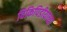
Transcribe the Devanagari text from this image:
विकिपिडीयाच्या